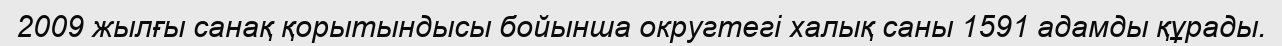
2009 жылғы санақ қорытындысы бойынша округтегі халық саны 1591 адамды құрады.